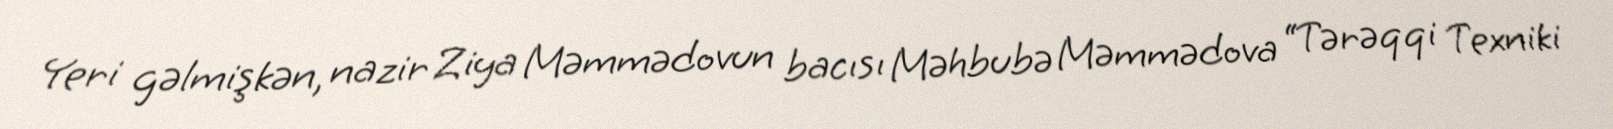
Yeri gəlmişkən, nazir Ziya Məmmədovun bacısı Məhbubə Məmmədova “Tərəqqi Texniki